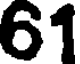
61